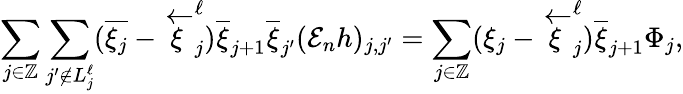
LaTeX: \sum_{j\in\mathbb Z}\sum_{j^{\prime}\notin{L_{j}^{\ell}}}(\overline{{\xi_{j}}}-\overleftarrow{\xi}_{j}^{\ell})\overline{{\xi}}_{j+1}\overline{{\xi}}_{j^{\prime}}(\mathcal{E}_{n}h)_{j,j^{\prime}}=\sum_{j\in\mathbb Z}(\xi_{j}-\overleftarrow{\xi}_{j}^{\ell})\overline{{\xi}}_{j+1}\Phi_{j},